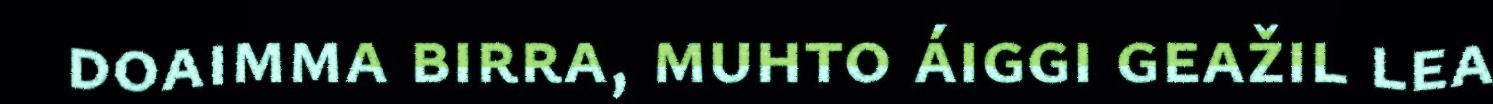
doaimma birra, muhto áiggi geažil lea